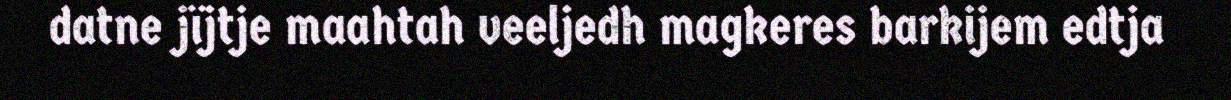
datne jïjtje maahtah veeljedh magkeres barkijem edtja